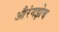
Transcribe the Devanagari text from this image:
औरंगझेब